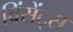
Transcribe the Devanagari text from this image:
विंसेंट्स